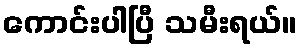
ကောင်းပါပြီ သမီးရယ်။